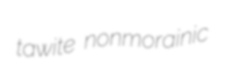
tawite nonmorainic